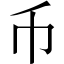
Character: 币